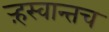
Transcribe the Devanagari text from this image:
ऱ्हस्वान्तच